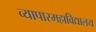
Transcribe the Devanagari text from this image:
व्यापारमहाविद्यालय